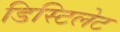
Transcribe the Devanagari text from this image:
डिस्टिलेट